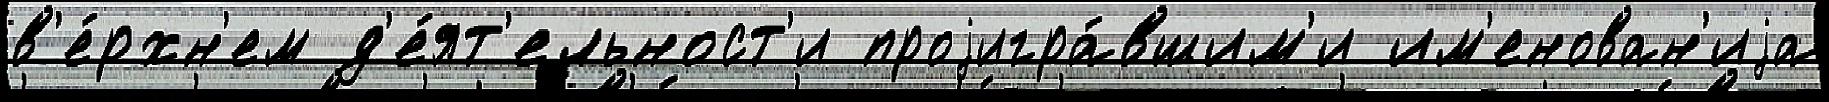
в'е́рхн'ем д'е́ят'ельност'и проjигра́вшим'и им'енован'иjа